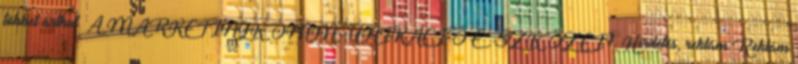
többet árthat. A MARKETINGKOMMUNIKÁCIÓ ESZKÖZEI 1. Hirdetés, reklám Reklám